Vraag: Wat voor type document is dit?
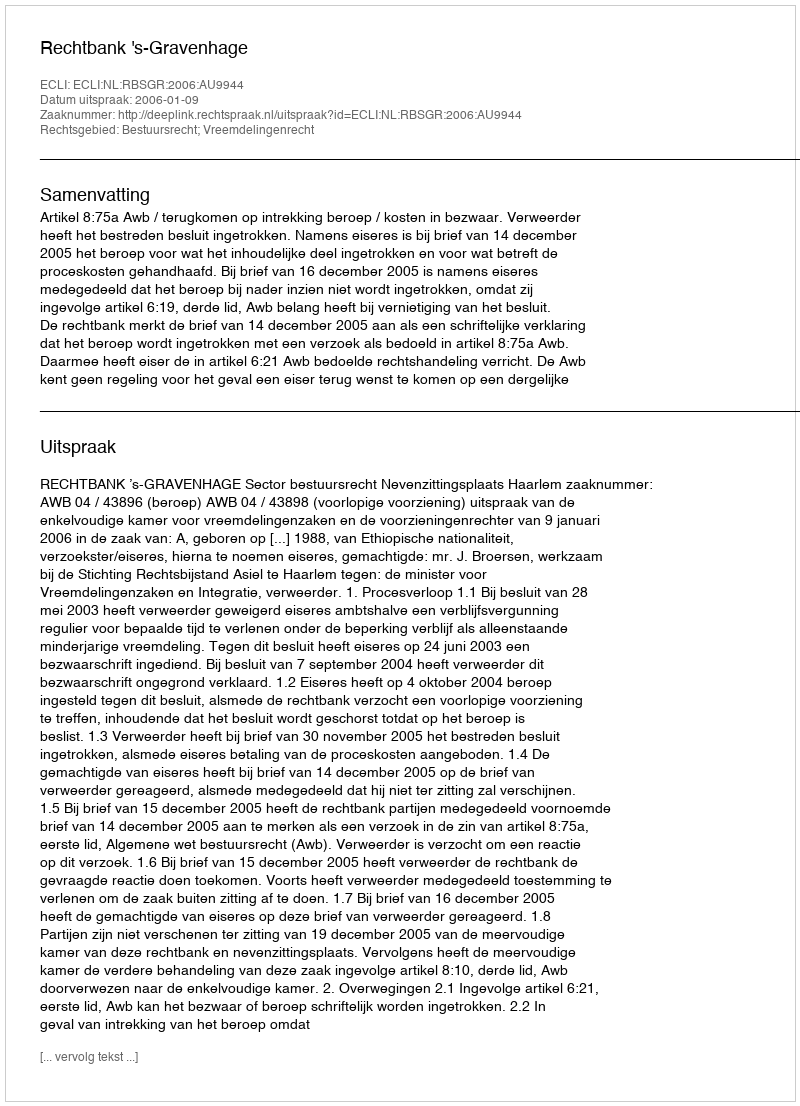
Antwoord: Uitspraak